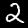
Label: 2